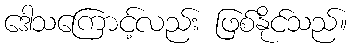
ဒေါသကြောင့်လည်း ဖြစ်နိုင်သည်။